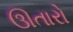
ઊતારો